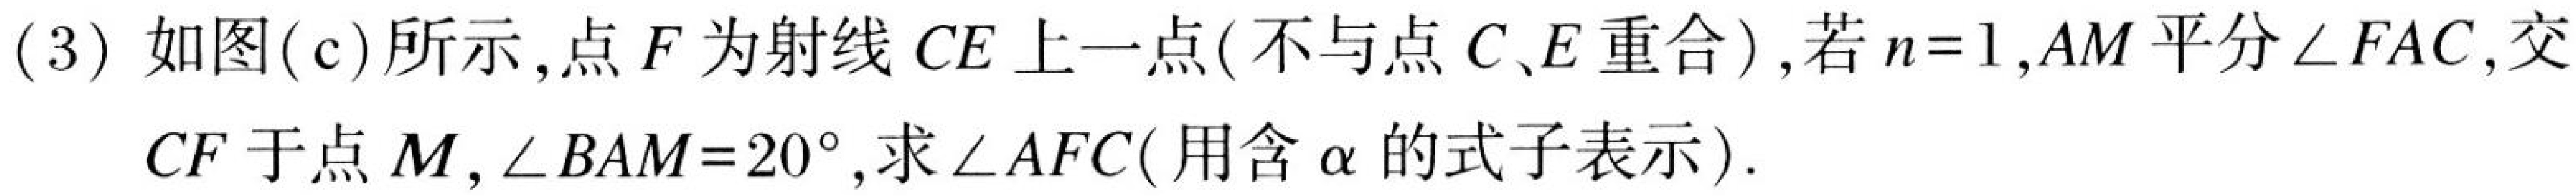
(3) 如图(c)所示,点\(F\)为射线\(CE\)上一点(不与点\(C、E\)重合),若\(n = 1\),\(AM\)平分\(\angle FAC\),交
\(CF\)于点\(M\),\(\angle BAM=20^{\circ}\),求\(\angle AFC\)(用含\(\alpha\)的式子表示).